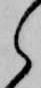
ら